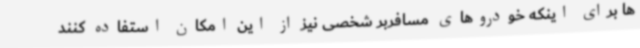
ها برای اینکه خودروهای مسافربر شخصی نیز از این امکان استفاده کنند